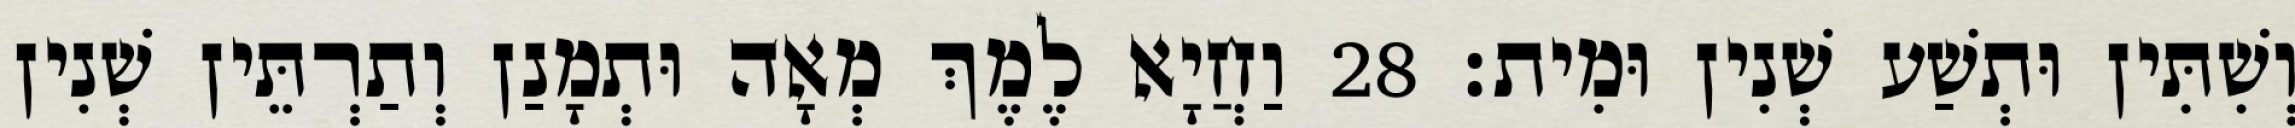
וְשִׁתִּין וּתְשַׁע שְׁנִין וּמִית׃ 28 וַחֲיָא לֶמֶךְ מְאָה וּתְמָנַן וְתַרְתֵּין שְׁנִין